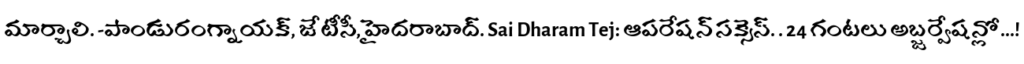
మార్చాలి. -పాండురంగ్నాయక్, జేటీసీ, హైదరాబాద్. Sai Dharam Tej: ఆపరేషన్ సక్సెస్. . 24 గంటలు అబ్జర్వేషన్లో...!